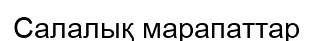
Салалық марапаттар